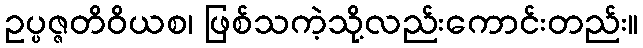
ဥပ္ပဇ္ဇတိဝိယစ၊ ဖြစ်သကဲ့သို့လည်းကောင်းတည်း။